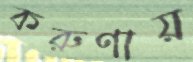
করুণায়